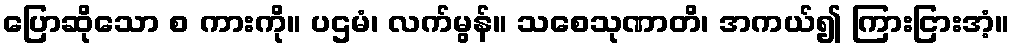
ပြောဆိုသော စ ကားကို။ ပဌမံ၊ လက်မွန်။ သစေသုဏာတိ၊ အကယ်၍ ကြားငြားအံ့။